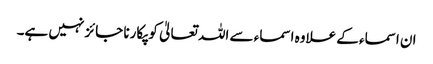
ان اسماء کے علاوہ اسماء سے اللہ تعالیٰ کو پکارنا جائز نہیں ہے۔